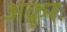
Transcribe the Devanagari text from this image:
अक्रूरः